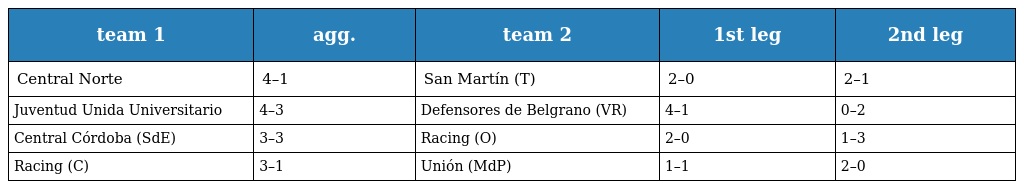
| team 1 | agg. | team 2 | 1st leg | 2nd leg |
 | --- | --- | --- | --- | --- |
 | Central Norte | 4–1 | San Martín (T) | 2–0 | 2–1 |
 | Juventud Unida Universitario | 4–3 | Defensores de Belgrano (VR) | 4–1 | 0–2 |
 | Central Córdoba (SdE) | 3–3 | Racing (O) | 2–0 | 1–3 |
 | Racing (C) | 3–1 | Unión (MdP) | 1–1 | 2–0 |